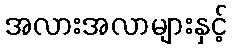
အလားအလာများနှင့်